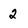
Character: 2